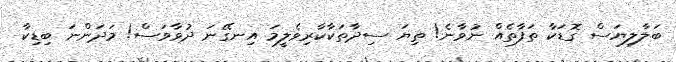
ބަލާލިޔަސް ގޮޑަކާ ތަފާތެއް ނުވާނެ! ތިޔަ ސިދާތަކާކާރިވެލީމަ އިނގޭނަ ދުވާވަސް! މަދަންނަ ބިޑިކާ